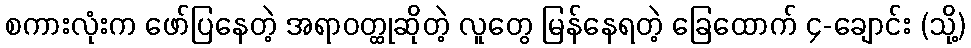
စကားလုံးက ဖော်ပြနေတဲ့ အရာဝတ္ထုဆိုတဲ့ လူတွေ မြန်နေရတဲ့ ခြေထောက် ၄-ချောင်း (သို့)